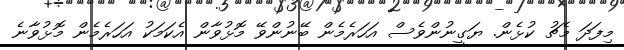
މިފަދަ މެޗު ކުޅެން. ޔަގީނުންވެސް އަހަރެމެން ބޭނުންވޭ މޮޅުވާން އެކަމަކު އަހަރެމެން މޮޅުވާނެ